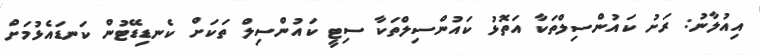
އިއުލާނު: ރަށު ކައުންސިލްތަކާ އަތޮޅު ކައުންސިލްތަކާ ސިޓީ ކައުންސިލް ތަކަށް ކެނޑިޑޭޓުން ކަނޑައެޅުމަށް